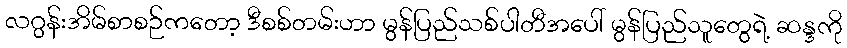
လဂွန်းအိမ်စာစဉ်ကတော့ ဒီစစ်တမ်းဟာ မွန်ပြည်သစ်ပါတီအပေါ် မွန်ပြည်သူတွေရဲ့ ဆန္ဒကို